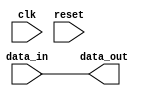
module io_buffer (
    input wire clk,
    input wire reset,
    input wire data_in,
    output wire data_out
);

assign data_out = data_in;

endmodule